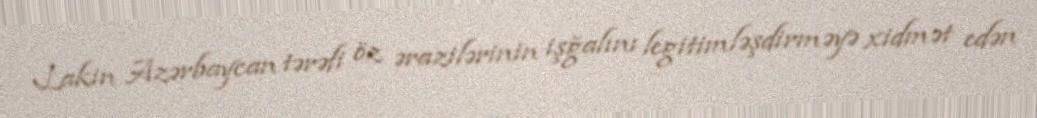
Lakin Azərbaycan tərəfi öz ərazilərinin işğalını legitimləşdirməyə xidmət edən